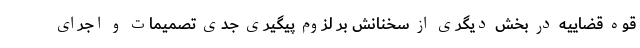
قوه قضاییه در بخش دیگری از سخنانش بر لزوم پیگیری جدی تصمیمات و اجرای